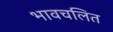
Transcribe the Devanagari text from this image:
भावचलित